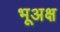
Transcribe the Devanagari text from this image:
भूअक्ष